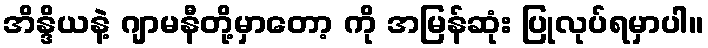
အိန္ဒိယနဲ့ ဂျာမနီတို့မှာတော့ ကို အမြန်ဆုံး ပြုလုပ်ရမှာပါ။